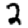
Digit: 2